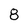
Character: 8